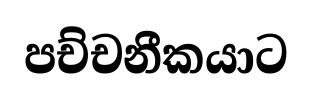
පච්චනීකයාට